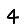
Digit: 4